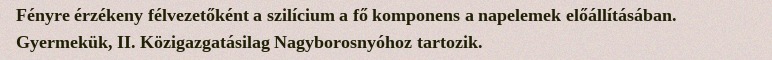
Fényre érzékeny félvezetőként a szilícium a fő komponens a napelemek előállításában. Gyermekük, II. Közigazgatásilag Nagyborosnyóhoz tartozik.